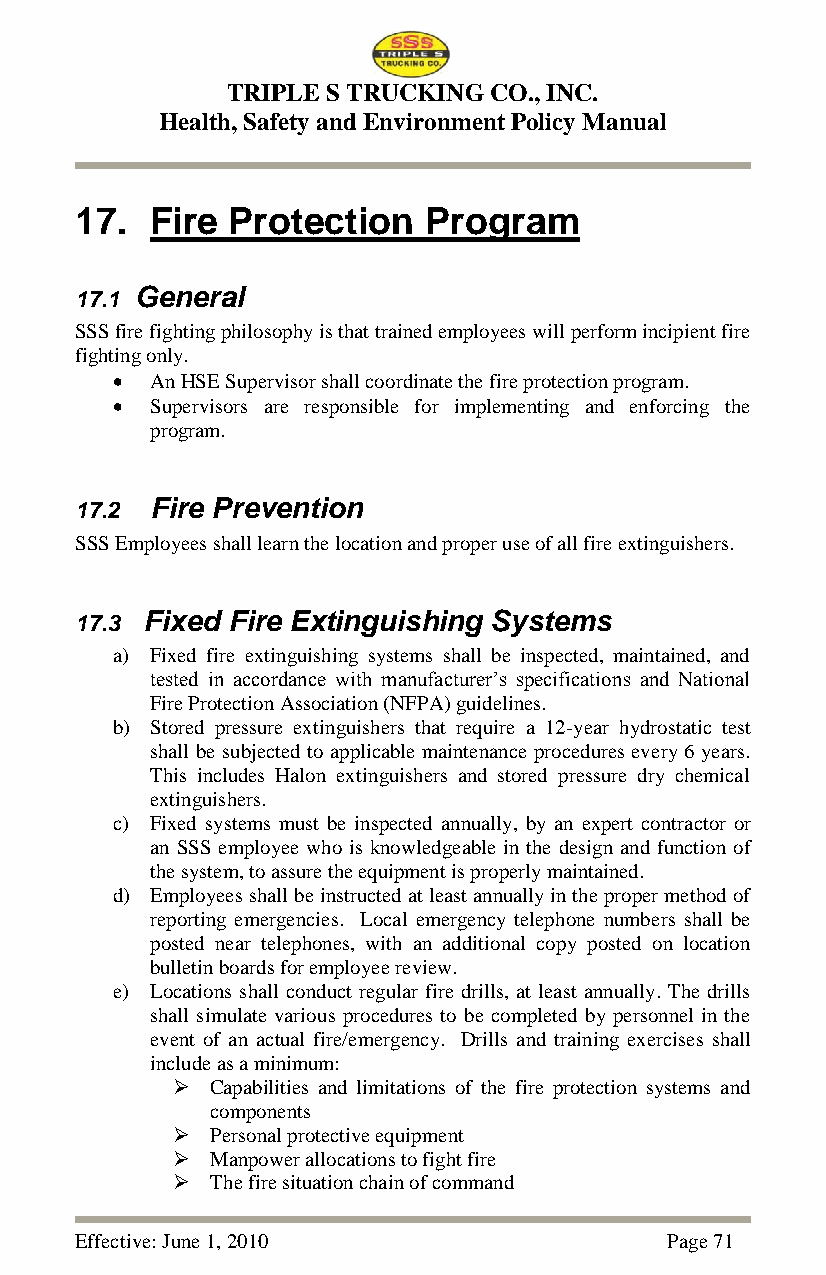
TRIPLE S TRUCKING CO., INC.
 Health, Safety and Environment Policy Manual
 17.  Fire Protection   Program
 17.1 General
 SSS fire fighting philosophy is that trained employees will perform incipient fire
 fighting only.
   An HSE Supervisor shall coordinate the fire protection program.
   Supervisors are responsible for implementing and enforcing the
 program.
 17.2 Fire Prevention
 SSS Employees shall learn the location and proper use of all fire extinguishers.
 17.3 Fixed Fire Extinguishing Systems
 a) Fixed fire extinguishing systems shall be inspected, maintained, and
 tested in accordance with manufacturer‘s specifications and National
 Fire Protection Association (NFPA) guidelines.
 b) Stored pressure extinguishers that require a 12-year hydrostatic test
 shall be subjected to applicable maintenance procedures every 6 years.
 This includes Halon extinguishers and stored pressure dry chemical
 extinguishers.
 c) Fixed systems must be inspected annually, by an expert contractor or
 an SSS employee who is knowledgeable in the design and function of
 the system, to assure the equipment is properly maintained.
 d) Employees shall be instructed at least annually in the proper method of
 reporting emergencies. Local emergency telephone numbers shall be
 posted near telephones, with an additional copy posted on location
 bulletin boards for employee review.
 e) Locations shall conduct regular fire drills, at least annually. The drills
 shall simulate various procedures to be completed by personnel in the
 event of an actual fire/emergency. Drills and training exercises shall
 include as a minimum:
   Capabilities and limitations of the fire protection systems and
 components
   Personal protective equipment
   Manpower allocations to fight fire
   The fire situation chain of command
 Effective: June 1, 2010                Page 71